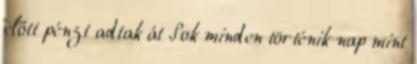
előtt pénzt adtak át Sok minden történik nap mint